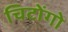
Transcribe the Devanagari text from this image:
चिटोंगो